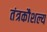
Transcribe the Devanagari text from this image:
तंत्रकौशल्य